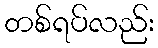
တစ်ရပ်လည်း